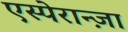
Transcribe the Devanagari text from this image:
एस्पेरान्ज़ा